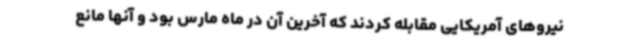
نیروهای آمریکایی مقابله کردند که آخرین آن در ماه مارس بود و آنها مانع